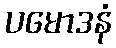
ပမောဒနံ